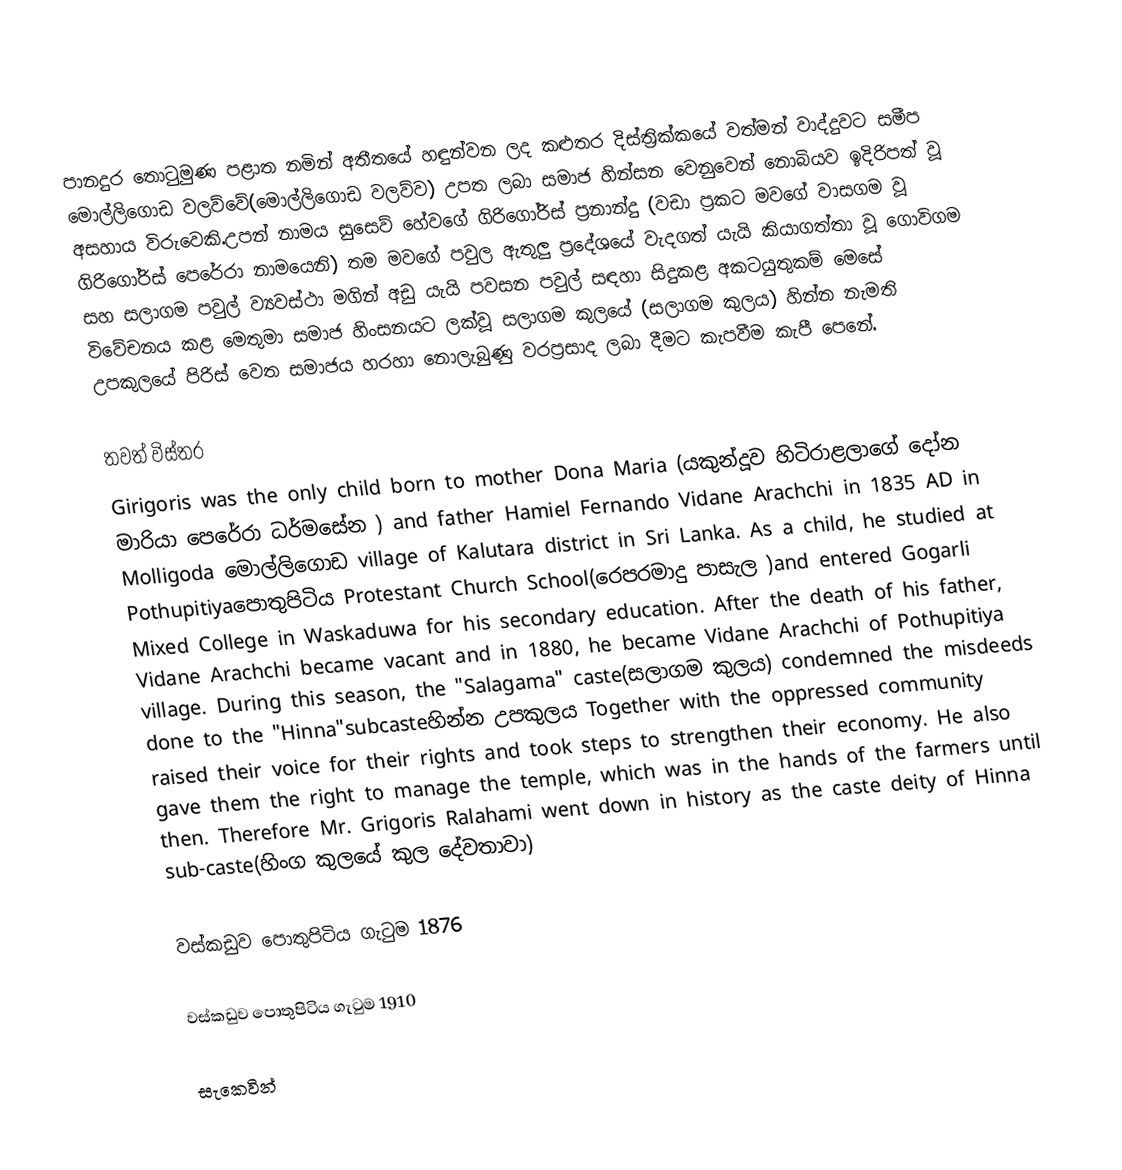
පානදුර තොටුමුණ පළාත නමින් අතීතයේ හඳුන්වන ලද කළුතර දිස්ත්‍රික්කයේ වත්මන් වාද්දුවට සමීප මොල්ලිගොඩ වලව්වේ(මොල්ලිගොඩ වලව්ව) උපත ලබා සමාජ හින්සන වෙනුවෙන් නොබියව ඉදිරිපත් වූ අසහාය විරුවෙකි.උපන් නාමය සුසෙව් හේවගේ ගිරිගෝරිස් ප්‍රනාන්දු (වඩා ප්‍රකට මවගේ වාසගම වූ ගිරිගෝරිස් පෙරේරා නාමයෙනි)  තම මවගේ  පවුල ඇතුලු ප්‍රදේශයේ වැදගත් යැයි කියාගත්තා වූ ගොවිගම සහ සලාගම පවුල් ව්‍යවස්ථා මගින් අඩු යැයි පවසන පවුල් සඳහා සිදුකළ අකටයුතුකම් මෙසේ විවේචනය කළ මෙතුමා සමාජ හිංසනයට ලක්වූ සලාගම කුලයේ (සලාගම කුලය)  හින්න නැමති උපකුලයේ පිරිස් වෙත සමාජය හරහා නොලැබුණු වරප්‍රසාද ලබා දීමට කැපවීම  කැපී පෙනේ.

තවත් විස්තර
Girigoris was the only child born to mother Dona Maria (යකුන්දූව හිටිරාළලාගේ දෝන මාරියා පෙරේරා ධර්මසේන ) and father Hamiel Fernando Vidane Arachchi in 1835 AD in Molligoda මොල්ලිගොඩ village of Kalutara district in Sri Lanka. As a child, he studied at Pothupitiyaපොතුපිටිය  Protestant Church School(රෙපරමාදු පාසැල )and entered Gogarli Mixed College in Waskaduwa  for his secondary education. After the death of his father, Vidane Arachchi became vacant and in 1880, he became Vidane Arachchi of Pothupitiya village. During this season, the "Salagama" caste(සලාගම කුලය) condemned the misdeeds done to the "Hinna"subcasteහින්න උපකුලය Together with the oppressed community raised their voice for their rights and took steps to strengthen their economy. He also gave them the right to manage the temple, which was in the hands of the farmers until then. Therefore Mr. Grigoris Ralahami went down in history as the caste deity of Hinna sub-caste(හිංග කුලයේ කුල දේවතාවා)

වස්කඩුව පොතුපිටිය ගැටුම 1876

වස්කඩුව පොතුපිටිය ගැටුම 1910

සැකෙවින්